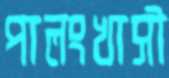
পালংখাসী